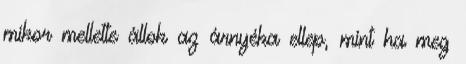
mikor mellette állok az árnyéka ellep, mint ha meg